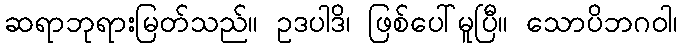
ဆရာဘုရားမြတ်သည်။ ဥဒပါဒိ၊ ဖြစ်ပေါ်မူပြီ။ သောပိဘဂဝါ၊